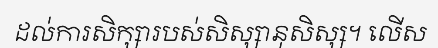
ដល់ការសិក្សារបស់សិស្សានុសិស្ស។ លើស